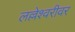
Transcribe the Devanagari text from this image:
लल्लेश्वरीवर